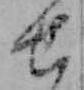
せ